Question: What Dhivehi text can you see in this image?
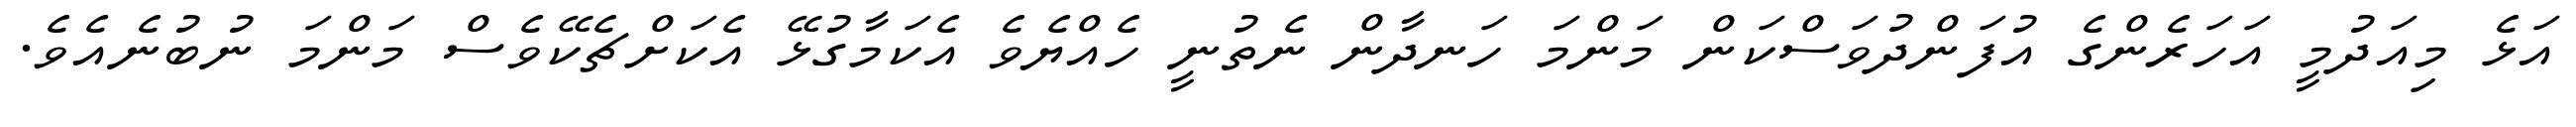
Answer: އަޅެ މިއަދުމީ އަހަރެންގެ އުފަންދުވަސްކަން މަންމަ ހަނދާން ނެތުނީ ހެއްޔެވެ އެކަމާގުޅޭ އެކަށްޗެކޭވެސް މަންމަ ނުބުނެއެވެ.